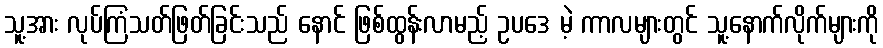
သူ့အား လုပ်ကြံသတ်ဖြတ်ခြင်းသည် နောင် ဖြစ်ထွန်းလာမည့် ဥပဒေ မဲ့ ကာလများတွင် သူ့နောက်လိုက်များကို